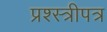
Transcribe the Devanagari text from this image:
प्रश्स्त्रीपत्र